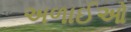
અળાઈઓ